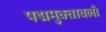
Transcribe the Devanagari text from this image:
पद्ममुक्तावली